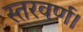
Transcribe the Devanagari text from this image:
स्तरवर्ण।